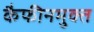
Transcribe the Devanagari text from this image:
कैफीनमुक्त